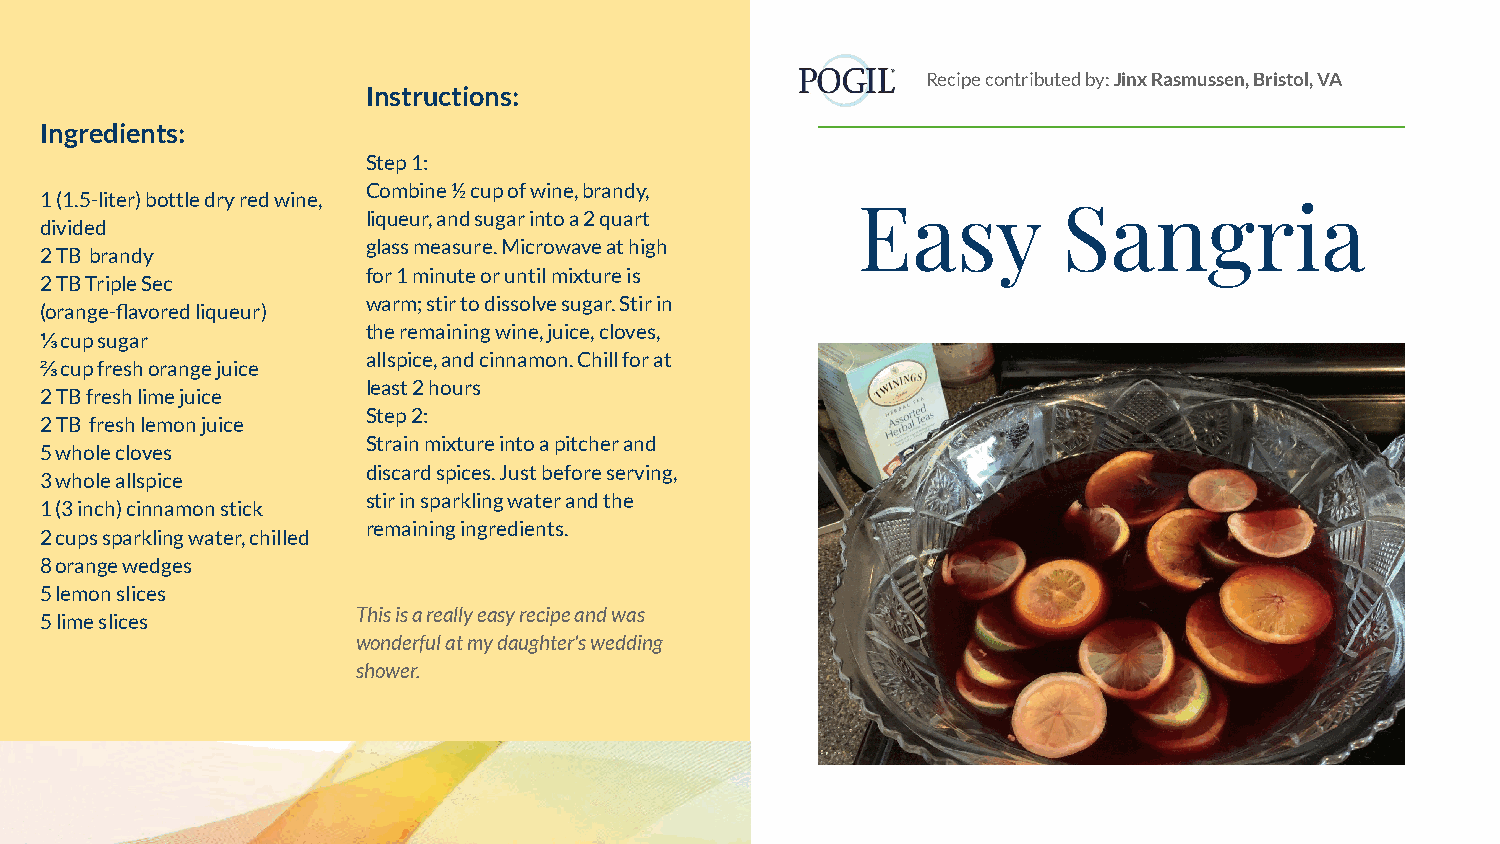
Recipe contributed by: Jinx Rasmussen, Bristol, VA
 Instructions:
 Ingredients:
 Step 1:
 Combine ½ cup of wine, brandy,
 1 (1.5-liter) bottle dry red wine,
 liqueur, and sugar into a 2 quart Easy        Sangria
 divided
 glass measure. Microwave at high
 2 TB brandy
 for 1 minute or until mixture is
 2 TB Triple Sec
 warm; stir to dissolve sugar. Stir in
 (orange-flavored liqueur)
 the remaining wine, juice, cloves,
 ⅓ cup sugar
 allspice, and cinnamon. Chill for at
 ⅔ cup fresh orange juice
 least 2 hours
 2 TB fresh lime juice
 Step 2:
 2 TB fresh lemon juice
 Strain mixture into a pitcher and
 5 whole cloves
 discard spices. Just before serving,
 3 whole allspice
 stir in sparkling water and the
 1 (3 inch) cinnamon stick
 remaining ingredients.
 2 cups sparkling water, chilled
 8 orange wedges
 5 lemon slices
 This is a really easy recipe and was
 5 lime slices
 wonderful at my daughter's wedding
 shower.